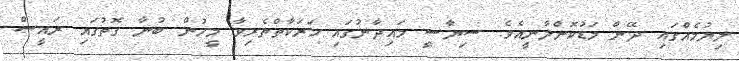
ލިޔުމެއްގައި ދޭން މަޑުކޮށްލާނީއެވެ. ސިޔާސީ މައިދާނުގައި ހަރަކާތްތެރިވާ މީހުން ބުނާ ގޮތުގައި ރައީސް